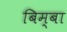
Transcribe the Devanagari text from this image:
बिम्बा